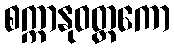
စက္ကာနုဝတ္တကော